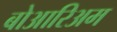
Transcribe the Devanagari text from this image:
बोआरिअम